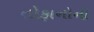
તોફાનોની